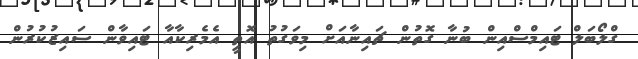
ގްލޯބަލް ޓައިމްސްއިން ބުނާ ގޮތުން ޗައިނާއަށް މިވަގުތު އޮތީ އެމެރިކާއާ ޓައިވާން ސައިޒުކުރުން